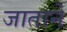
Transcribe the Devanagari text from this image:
जाताने